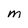
Character: M